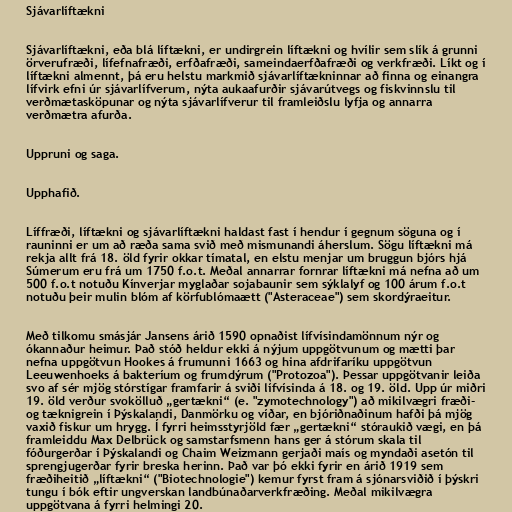
Sjávarlíftækni

Sjávarlíftækni, eða blá líftækni, er undirgrein líftækni og hvílir sem slík á grunni
örverufræði, lífefnafræði, erfðafræði, sameindaerfðafræði og verkfræði. Líkt og í
líftækni almennt, þá eru helstu markmið sjávarlíftækninnar að finna og einangra
lífvirk efni úr sjávarlífverum, nýta aukaafurðir sjávarútvegs og fiskvinnslu til
verðmætasköpunar og nýta sjávarlífverur til framleiðslu lyfja og annarra
verðmætra afurða.

Uppruni og saga.

Upphafið.

Líffræði, líftækni og sjávarlíftækni haldast fast í hendur í gegnum söguna og í
rauninni er um að ræða sama svið með mismunandi áherslum. Sögu líftækni má
rekja allt frá 18. öld fyrir okkar tímatal, en elstu menjar um bruggun bjórs hjá
Súmerum eru frá um 1750 f.o.t. Meðal annarrar fornrar líftækni má nefna að um
500 f.o.t notuðu Kínverjar myglaðar sojabaunir sem sýklalyf og 100 árum f.o.t
notuðu þeir mulin blóm af körfublómaætt ("Asteraceae") sem skordýraeitur.

Með tilkomu smásjár Jansens árið 1590 opnaðist lífvísindamönnum nýr og
ókannaður heimur. Það stóð heldur ekki á nýjum uppgötvunum og mætti þar
nefna uppgötvun Hookes á frumunni 1663 og hina afdrifaríku uppgötvun
Leeuwenhoeks á bakteríum og frumdýrum ("Protozoa"). Þessar uppgötvanir leiða
svo af sér mjög stórstígar framfarir á sviði lífvísinda á 18. og 19. öld. Upp úr miðri
19. öld verður svokölluð „gertækni“ (e. "zymotechnology") að mikilvægri fræði-
og tæknigrein í Þýskalandi, Danmörku og víðar, en bjóriðnaðinum hafði þá mjög
vaxið fiskur um hrygg. Í fyrri heimsstyrjöld fær „gertækni“ stóraukið vægi, en þá
framleiddu Max Delbrück og samstarfsmenn hans ger á stórum skala til
fóðurgerðar í Þýskalandi og Chaim Weizmann gerjaði maís og myndaði asetón til
sprengjugerðar fyrir breska herinn. Það var þó ekki fyrir en árið 1919 sem
fræðiheitið „líftækni“ ("Biotechnologie") kemur fyrst fram á sjónarsviðið í þýskri
tungu í bók eftir ungverskan landbúnaðarverkfræðing. Meðal mikilvægra
uppgötvana á fyrri helmingi 20.